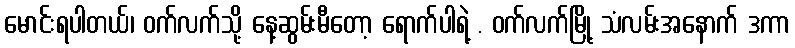
မောင်းရပါတယ်၊ ဝက်လက်သို့ နေ့ဆွမ်းမီတော့ ရောက်ပါရဲ့ . ဝက်လက်မြို့ သံလမ်းအနောက် ဒကာ